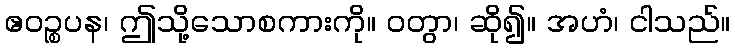
ဧဝဉ္စပန၊ ဤသို့သောစကားကို။ ဝတွာ၊ ဆို၍။ အဟံ၊ ငါသည်။